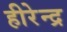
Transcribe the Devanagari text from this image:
हीरेन्द्र